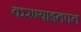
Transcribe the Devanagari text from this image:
करण्याइतपत